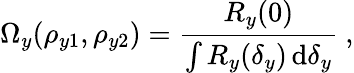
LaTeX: \Omega_{y}(\rho_{y1},\rho_{y2})=\frac{{R_{y}(0)}}{{\int{R_{y}(\delta_{y})\, \mathrm{d}\delta_{y}}}}~,